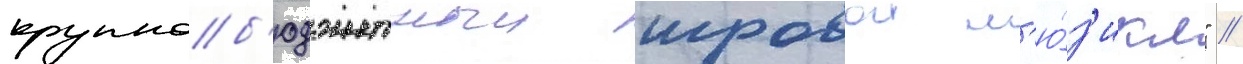
крупноб'юджетныи игровои м'ю́з'икл" //